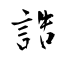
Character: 誥